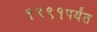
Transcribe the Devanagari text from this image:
१९९१पर्यंत